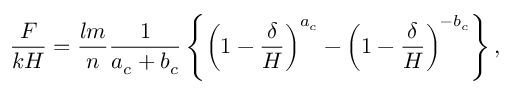
\frac { F } { k H } = \frac { l m } { n } \frac { 1 } { a _ { c } + b _ { c } } \left\{ \left( 1 - \frac { \delta } { H } \right) ^ { a _ { c } } - \left( 1 - \frac { \delta } { H } \right) ^ { - b _ { c } } \right\} ,